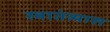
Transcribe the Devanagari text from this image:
स्वातंत्र्यास